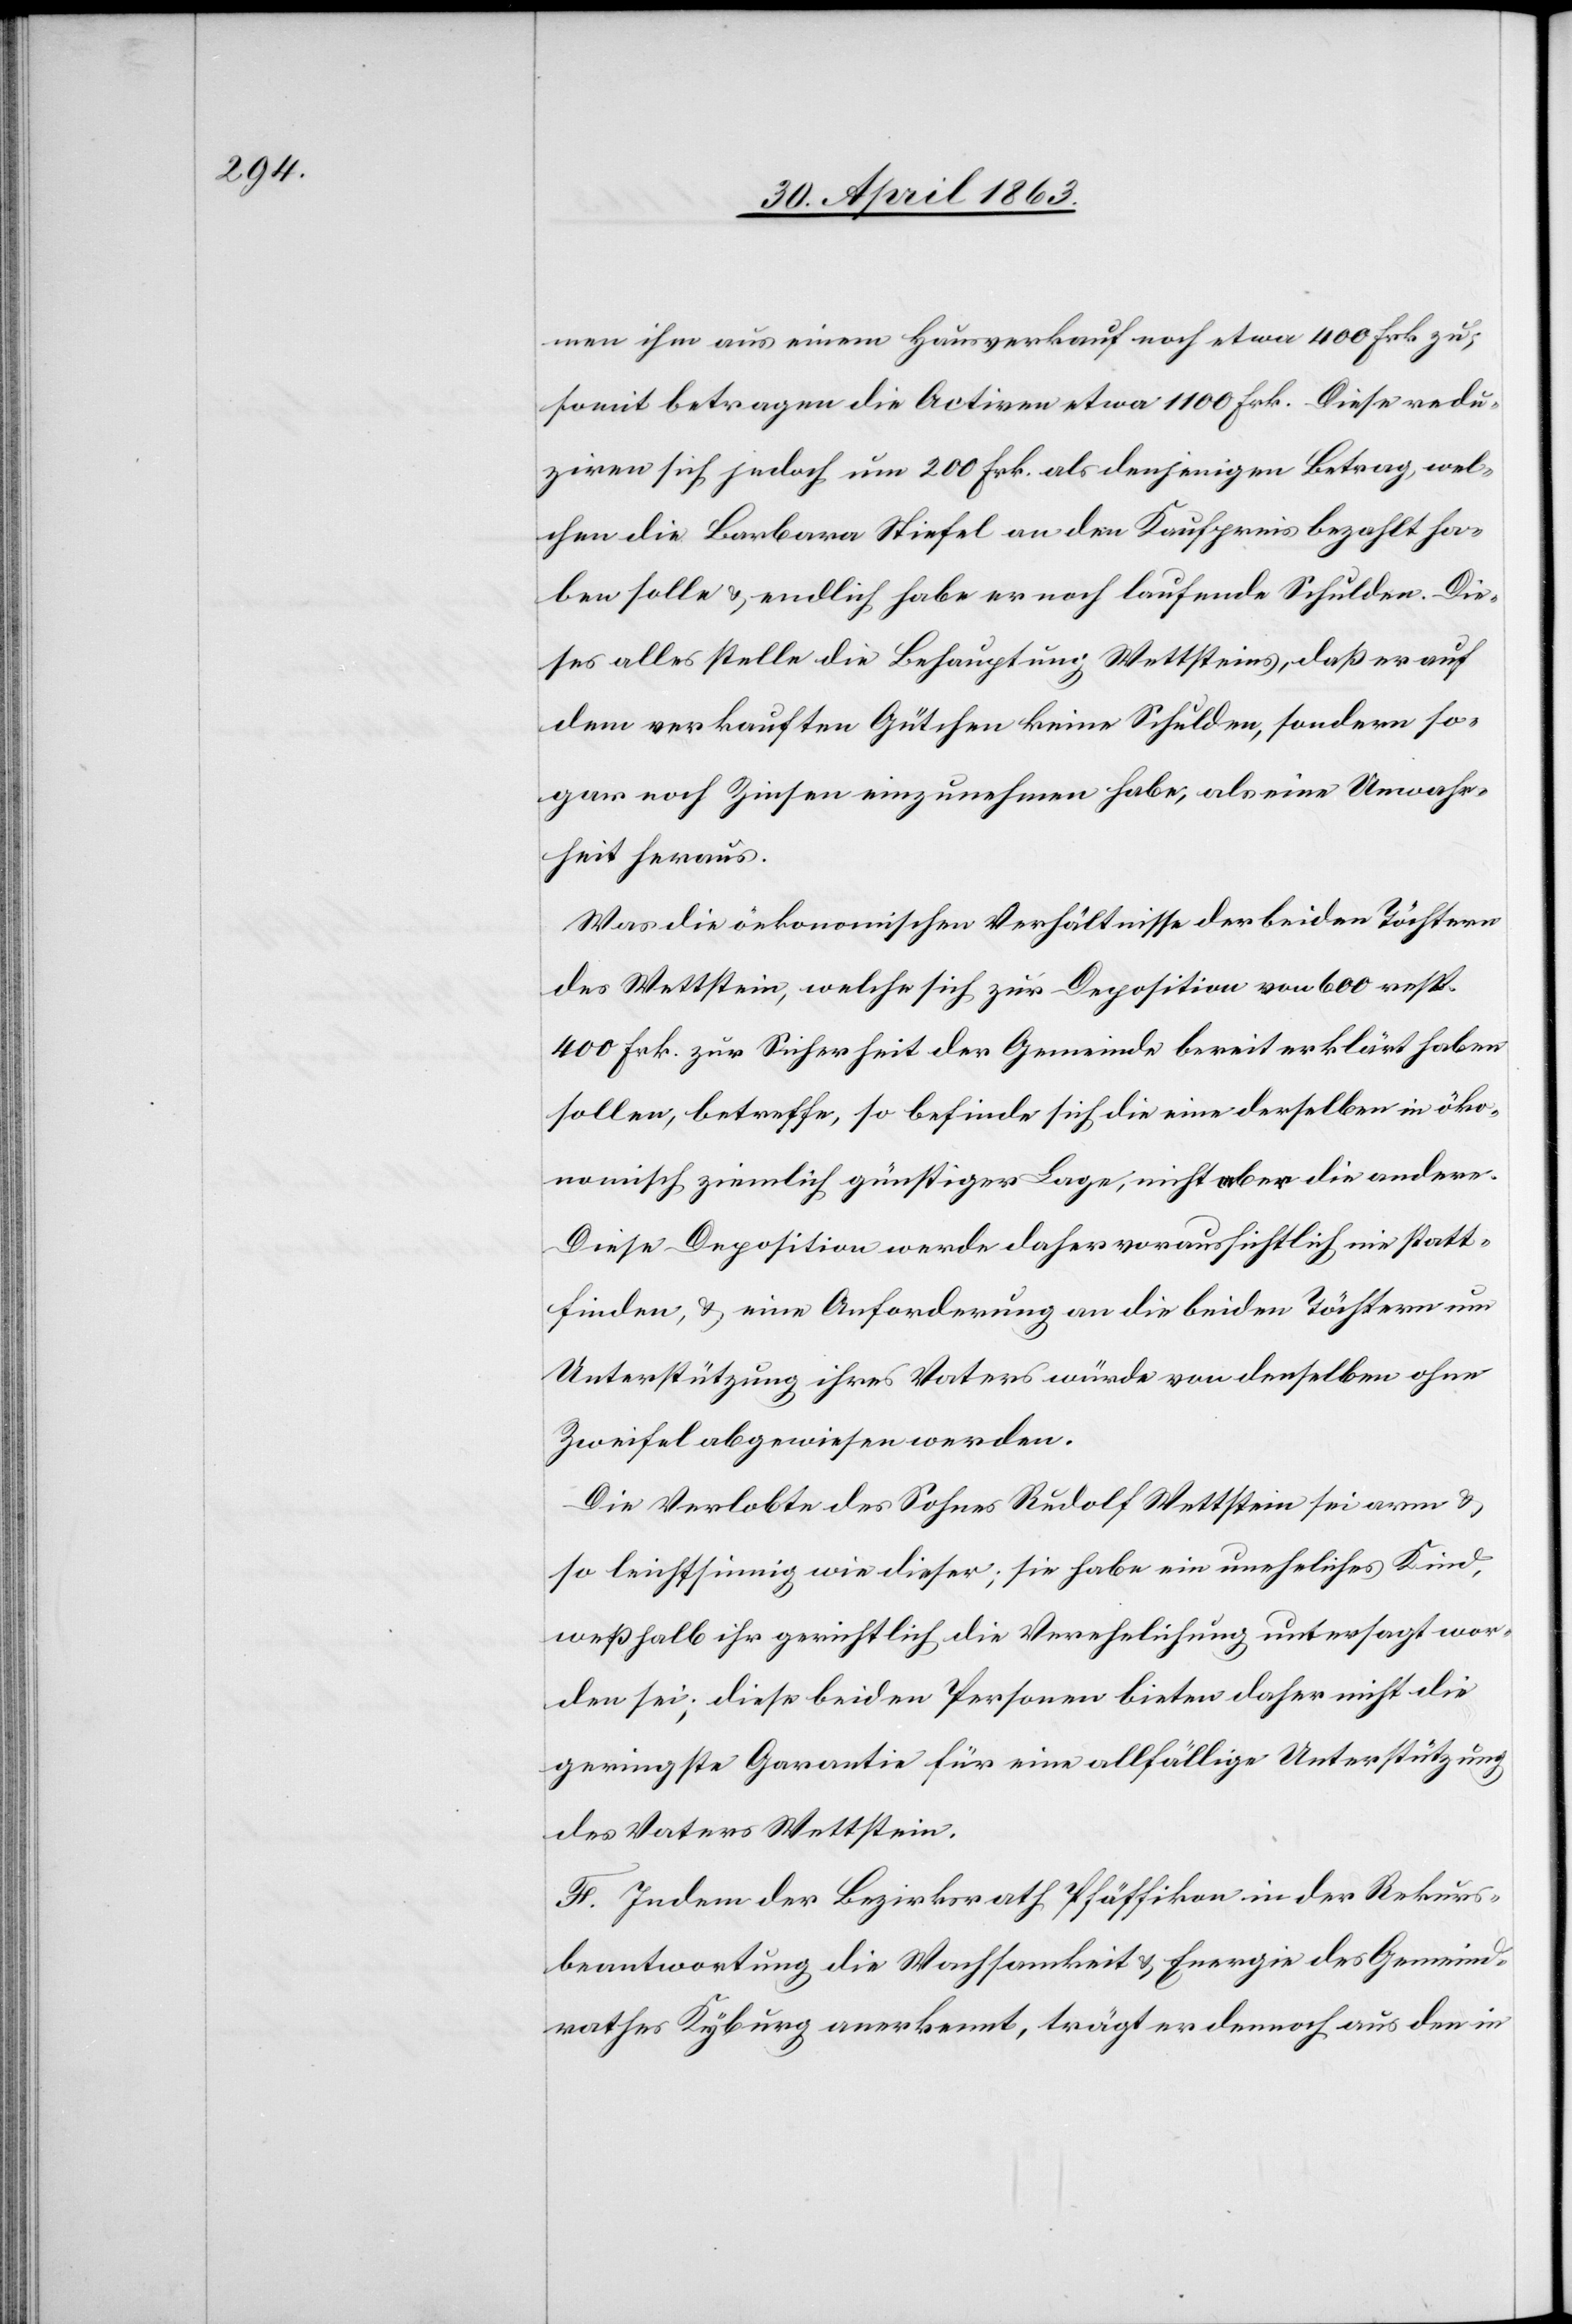
men ihm aus einem Hausverkauf noch etwa 400 Frk. zu;
somit betragen die Activen etwa 1100 Frk. Diese redu¬
ziren sich jedoch um 200 Frk. als denjenigen Betrag, wel¬
chen die Barbara Stiefel an den Kaufpreis bezahlt ha¬
ben solle & endlich habe er noch laufende Schulden. Die¬
ses alles stelle die Behauptung Wettsteins, daß er auf
dem verkauften Gütchen keine Schulden, sondern so¬
gar noch Zinsen einzunehmen habe, als eine Unwahr¬
heit heraus.
Was die öekonomischen [sic!] Verhältnisse der beiden Töchtern
des Wettstein, welche sich zur Deposition von 600 resp.
400 Frk. zur Sicherheit der Gemeinde bereit erklärt haben
sollen, betreffe, so befinde sich die eine derselben in öko¬
nomisch ziemlich günstiger Lage, nicht aber die andere.
Diese Deposition werde daher voraussichtlich nie statt¬
finden, & eine Anforderung an die beiden Töchtern um
Unterstützung ihres Vaters würde von denselben ohne
Zweifel abgewiesen werden.
Die Verlobte des Sohnes Rudolf Wettstein sei arm &
so leichtsinnig wie dieser; sie habe ein uneheliches Kind,
weßhalb ihr gerichtlich die Verehelichung untersagt wor¬
den sei; diese beiden Personen bieten daher nicht die
geringste Garantie für eine allfällige Unterstützung
des Vaters Wettstein.
F. Indem der Bezirksrath Pfäffikon in der Rekurs¬
beantwortung die Wachsamkeit & Energie des Gemeind¬
rathes Kyburg anerkennt, trägt er dennoch aus den in